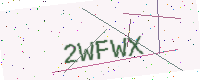
Text: 2WFWX